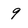
Character: 9